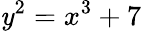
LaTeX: \mathit{y}^{2}=x^{3}+7